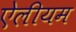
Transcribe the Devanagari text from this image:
ऐलीयम